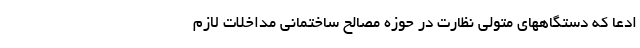
ادعا که دستگاههای متولی نظارت در حوزه مصالح ساختمانی مداخلات لازم